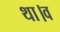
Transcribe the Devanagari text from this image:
था।व